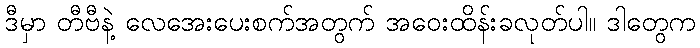
ဒီမှာ တီဗီနဲ့ လေအေးပေးစက်အတွက် အဝေးထိန်းခလုတ်ပါ။ ဒါတွေက